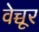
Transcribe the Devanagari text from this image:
वेच्चूर